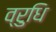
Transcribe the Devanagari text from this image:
व्रुधि